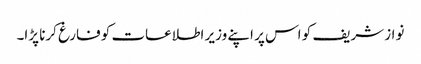
نواز شریف کو اس پر اپنے وزیر اطلاعات کو فارغ کرنا پڑا۔